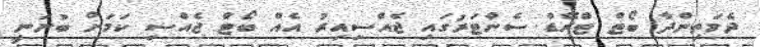
ދެމަތިންދާ ބޯޓް ޓްރޭޑް ސެންޓަރުގައި ޖެއްސިއިރު އެއް ބޯޓް ޖެއްސި ކަމަށް ބުނަނީ